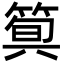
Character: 𥯗